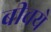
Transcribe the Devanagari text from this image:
बीचये